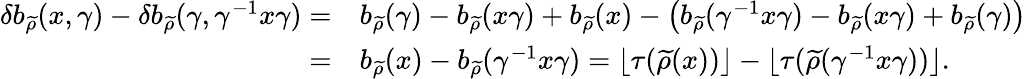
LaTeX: \begin{array}{rl}{\delta b_{\widetilde{\rho}}(x,\gamma)-\delta b_{\widetilde{\rho}}(\gamma,\gamma^{-1}x\gamma)=}&{b_{\widetilde{\rho}}(\gamma)-b_{\widetilde{\rho}}(x\gamma)+b_{\widetilde{\rho}}(x)-\big(b_{\widetilde{\rho}}(\gamma^{-1}x\gamma)-b_{\widetilde{\rho}}(x\gamma)+b_{\widetilde{\rho}}(\gamma)\big)}\\ {=}&{b_{\widetilde{\rho}}(x)-b_{\widetilde{\rho}}(\gamma^{-1}x\gamma)=\lfloor\tau(\widetilde{\rho}(x))\rfloor-\lfloor\tau(\widetilde{\rho}(\gamma^{-1}x\gamma))\rfloor.}\end{array}